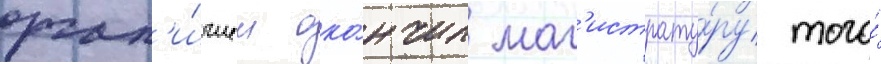
отл'и́чием око́нчил маг'истрату́ру того́